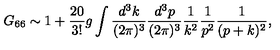
G _ { 6 6 } \sim 1 + \frac { 2 0 } { 3 ! } g \int \frac { d ^ { 3 } k } { ( 2 \pi ) ^ { 3 } } \frac { d ^ { 3 } p } { ( 2 \pi ) ^ { 3 } } \frac { 1 } { k ^ { 2 } } \frac { 1 } { p ^ { 2 } } \frac { 1 } { ( p + k ) ^ { 2 } } ,